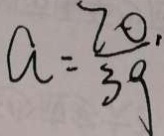
a = \frac { 7 0 } { 3 9 } .